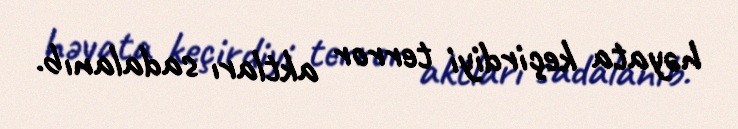
həyata keçirdiyi terror aktları sadalanıb.